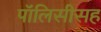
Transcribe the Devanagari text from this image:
पॉलिसीसह